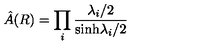
\hat { A } ( R ) = \prod _ { i } { \frac { \lambda _ { i } / 2 } { \mathrm { s i n h } \lambda _ { i } / 2 } }